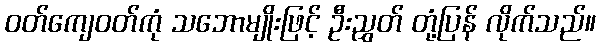
ဝတ်ကျေဝတ်ကုံ သဘောမျိုးဖြင့် ဦးညွှတ် တုံ့ပြန် လိုက်သည်။